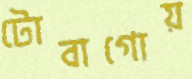
টোবাগোয়